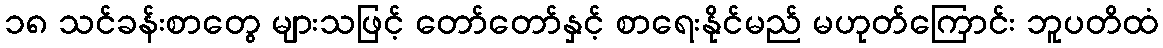
၁၈ သင်ခန်းစာတွေ များသဖြင့် တော်တော်နှင့် စာရေးနိုင်မည် မဟုတ်ကြောင်း ဘူပတိထံ